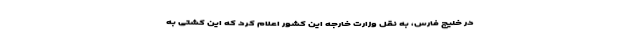
در خلیج فارس، به نقل وزارت خارجه این کشور اعلام کرد که این کشتی به